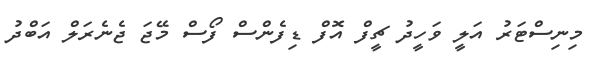
މިނިސްޓަރު އަލީ ވަހީދު ޗީފް އޮފް ޑިފެންސް ފޯސް މޭޖަ ޖެނެރަލް އަބްދު